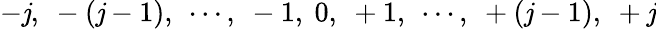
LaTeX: -\mathit{j},\ -(\mathit{j}-1),\ \cdots,\ -1,\ 0,\ +1,\ \cdots,\ +(\mathit{j}-1),\ +\mathit{j}